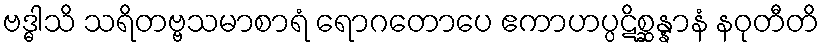
ဗဒ္ဓါသိ သရိတဗ္ဗသမာစာရံ ရောဂတောပေ ဧကာဟပ္ပဋိစ္ဆန္နာနံ နဝုတီတိ